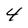
Character: 4